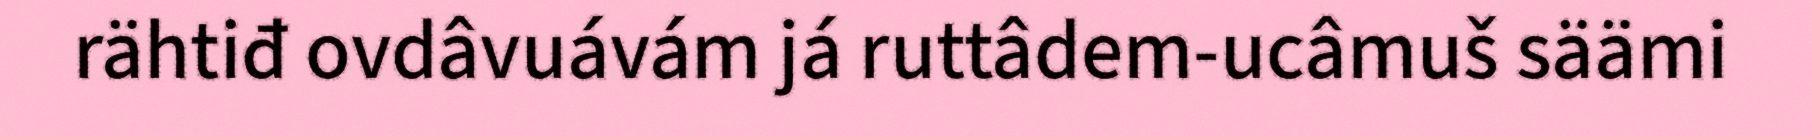
rähtiđ ovdâvuávám já ruttâdem-ucâmuš säämi